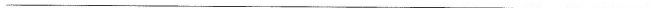
___